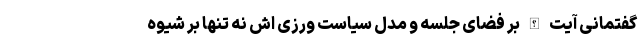
گفتمانی آیت الله بر فضای جلسه و مدل سیاست ورزی اش نه تنها بر شیوه